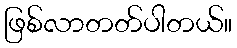
ဖြစ်လာတတ်ပါတယ်။